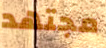
مجتهد